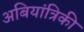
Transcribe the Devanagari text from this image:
अबियांत्रिकी